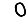
Digit: 0